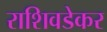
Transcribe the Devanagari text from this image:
राशिवडेकर